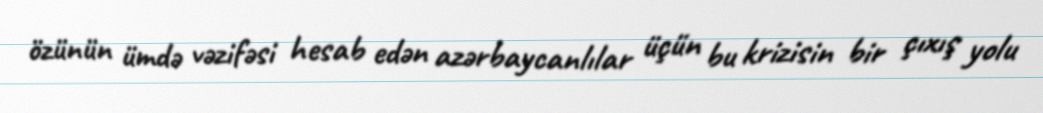
özünün ümdə vəzifəsi hesab edən azərbaycanlılar üçün bu krizisin bir çıxış yolu